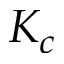
K _ { c }